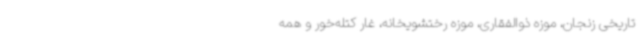
تاریخی زنجان، موزه ذوالفقاری، موزه رختشویخانه، غار کتله‌خور و همه